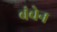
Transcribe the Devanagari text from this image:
बंचेन